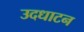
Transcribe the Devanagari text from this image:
उदधाटन